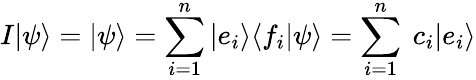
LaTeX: I|\psi\rangle=|\psi\rangle=\sum_{i=1}^{n}|e_{i}\rangle\langle f_{i}|\psi\rangle=\sum_{i=1}^{n}\ c_{i}|e_{i}\rangle